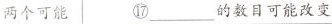
两个可能⑰___的数目可能改变